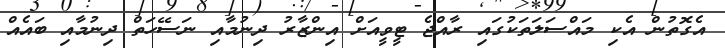
އެގޮތުން އެކި މައްސަލަތަކުގައި ރާއްޖެ ޓީވީއަށް އިންޒާރު ދިނުމާއި ނަސޭހަތް ދިނުމާއި ބައެއް